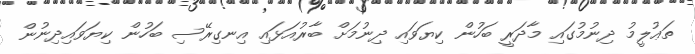
ތަޢުލީމު ދިނުމުގައި މާދަރީ ބަހުން ކިޔަވައި ދިނުމަށް ބާރުއަޅައި އިނގިރޭސި ބަހުން ކިޔަވައިދިނުން